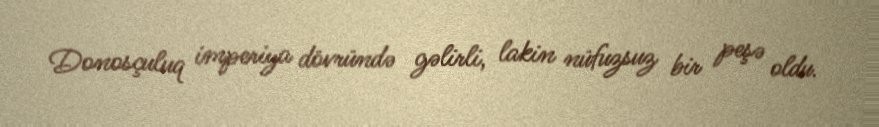
Donosçuluq imperiya dövründə gəlirli, lakin nüfuzsuz bir peşə oldu.